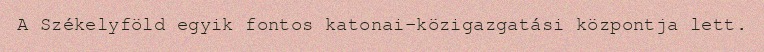
A Székelyföld egyik fontos katonai-közigazgatási központja lett.